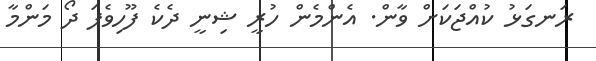
ރަނގަޅު ކުއްޖަކަށް ވާން. އެންމެން ހުރީ ޝިނީ ދެކެ ފޫހިވެފަ ދޯ މަންމާ